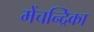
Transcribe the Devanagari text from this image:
मेंचन्द्रिका